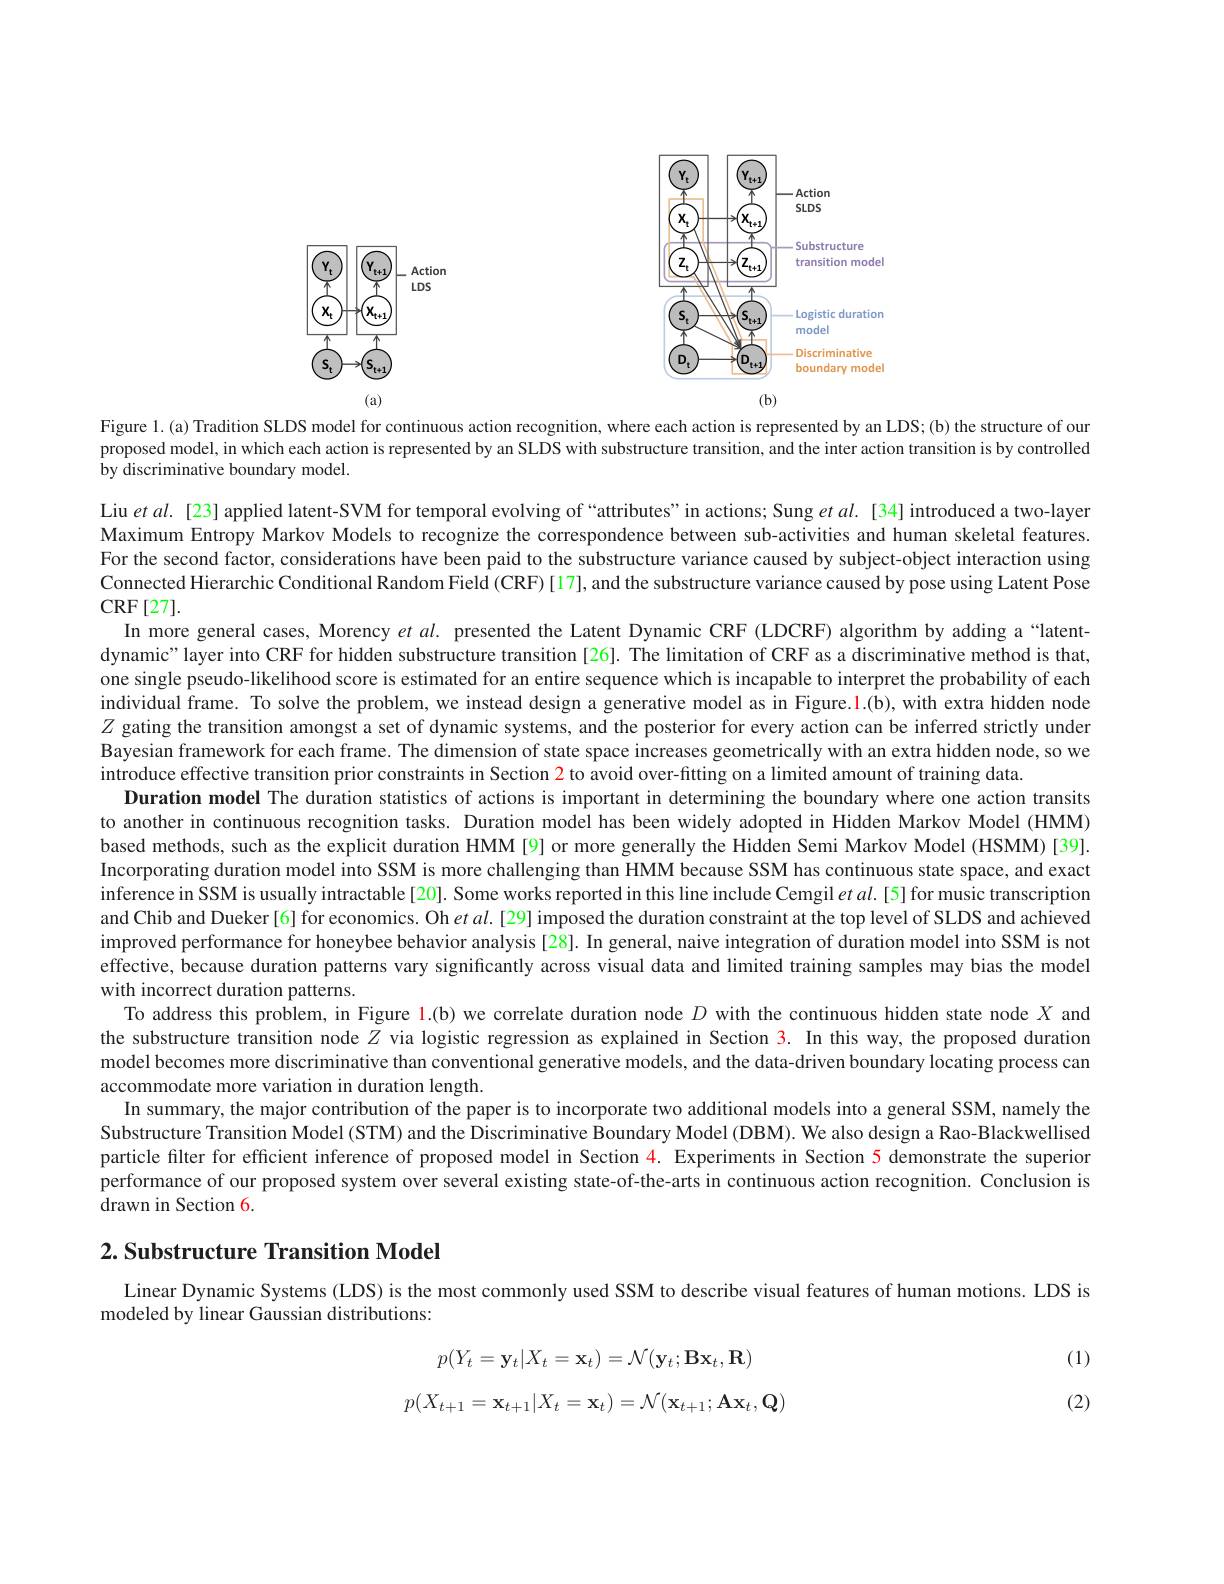
<FigureHere>

Figure 1.(a) Tradition SLDS model for continuous action recognition, where each action is represented by an LDS;(b) the structure of our

proposed model, in which each action is represented by an SLDS with substructure transition, and the inter action transition is by controlled

by discriminative boundary model.

Liu et al. [23] applied latent-SVM for temporal evolving of “attributes" in actions; Sung $et$ al. [34] introduced a two-layer Maximum Entropy Markov Models to recognize the correspondence between sub-activities and human skeletal features. For the second factor, considerations have been paid to the substructure variance caused by subject-object interaction using Connected Hierarchic Conditional Random Field (CRF)[17], and the substructure variance caused by pose using Latent Pose

$\operatorname{CRF}[27].$
In more general cases, Morency $etal.$ presented the Latent Dynamic CRF (LDCRF) algorithm by adding a “latentdynamic"layer into CRF for hidden substructure transition [26]. The limitation of CRF as a discriminative method is that, one single pseudo-likelihood score is estimated for an entire sequence which is incapable to interpret the probability of each individual frame. To solve the problem, we instead design a generative model as in Figure.1.(b), with extra hidden node $Z$ gating the transition amongst a set of dynamic systems, and the posterior for every action can be inferred strictly under Bayesian framework for each frame. The dimension of state space increases geometrically with an extra hidden node, so we introduce effective transition prior constraints in Section 2 to avoid over-fitting on a limited amount of training data.
Duration model The duration statistics of actions is important in determining the boundary where one action transits to another in continuous recognition tasks. Duration model has been widely adopted in Hidden Markov Model (HMM) based methods, such as the explicit duration HMM [9] or more generally the Hidden Semi Markov Model (HSMM) [39]. Incorporating duration model into SSM is more challenging than HMM because SSM has continuous state space, and exact inference in SSM is usually intractable[20]. Some works reported in this line include Cemgil $etal.[5]$ for music transcription and Chib and Dueker[6] for economics. Oh $etal.$ [29] imposed the duration constraint at the top level of SLDS and achieved improved performance for honeybee behavior analysis [28]. In general, naive integration of duration model into SSM is not effective, because duration patterns vary significantly across visual data and limited training samples may bias the model with incorrect duration patterns.
To address this problem, in Figure 1.(b) we correlate duration node $D$ with the continuous hidden state node $X$ and the substructure transition node $Z$ via logistic regression as explained in Section 3. In this way, the proposed duration model becomes more discriminative than conventional generative models, and the data-driven boundary locating process can accommodate more variation in duration length
In summary, the major contribution of the paper is to incorporate two additional models into a general SSM, namely the Substructure Transition Model (STM) and the Discriminative Boundary Model (DBM). We also design a Rao-Blackwellised particle filter for efficient inference of proposed model in Section $\color{red}{4.}$ Experiments in Section 5 demonstrate the superior performance of our proposed system over several existing state-of-the-arts in continuous action recognition. Conclusion is drawn in Section 6.
$2. \textbf{ Substructure Transition Model}$

Linear Dynamic Systems (LDS) is the most commonly used SSM to describe visual features of human motions. LDS is
modeled by linear Gaussian distributions:

(1)
$$p(Y_t=\mathbf{y}_t|X_t=\mathbf{x}_t)=\mathcal{N}(\mathbf{y}_t;\mathbf{B}\mathbf{x}_t,\mathbf{R})$$
$$p(X_{t+1}=\mathbf{x}_{t+1}|X_{t}=\mathbf{x}_{t})=\mathcal{N}(\mathbf{x}_{t+1};\mathbf{A}\mathbf{x}_{t},\mathbf{Q})$$
(2)